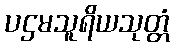
ပဌမသူရိယသုတ္တံ